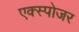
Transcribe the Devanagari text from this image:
एक्‍स्पोजर